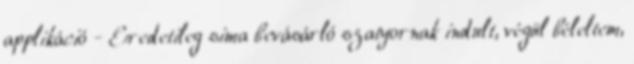
applikáció - Eredetileg sima bevásárló szatyornak indult, végül béleltem,